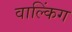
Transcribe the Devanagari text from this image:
वाल्किंग